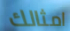
امثالك